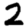
Digit: 2